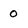
Character: 0